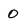
Character: 0